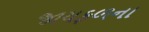
જાયફળના